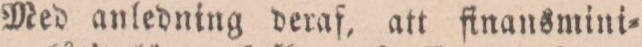
Med anledning deraf, att finansmini=